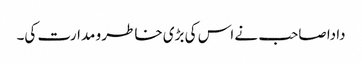
دادا صاحب نے اس کی بڑی خاطر و مدارت کی۔